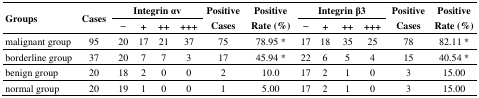
| <ROWSPAN=2> Groups | <ROWSPAN=2> Cases | <COLSPAN=4> Integrin αv | <ROWSPAN=2> Positive Cases | <ROWSPAN=2> Positive Rate (%) | <COLSPAN=4> Integrin β3 | <ROWSPAN=2> Positive Cases | <ROWSPAN=2> Positive Rate (%) |
 | − | + | ++ | +++ | − | + | ++ | +++ |
 | --- | --- | --- | --- | --- | --- | --- | --- | --- | --- | --- | --- | --- | --- |
 | malignant group | 95 | 20 | 17 | 21 | 37 | 75 | 78.95 * | 17 | 18 | 35 | 25 | 78 | 82.11 * |
 | borderline group | 37 | 20 | 7 | 7 | 3 | 17 | 45.94 * | 22 | 6 | 5 | 4 | 15 | 40.54 * |
 | benign group | 20 | 18 | 2 | 0 | 0 | 2 | 10.0 | 17 | 2 | 1 | 0 | 3 | 15.00 |
 | normal group | 20 | 19 | 1 | 0 | 0 | 1 | 5.00 | 17 | 2 | 1 | 0 | 3 | 15.00 |